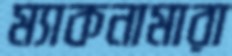
ম্যাকনামারা